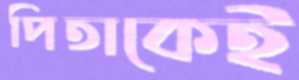
পিতাকেই